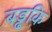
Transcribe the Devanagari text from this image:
बड्ढकि